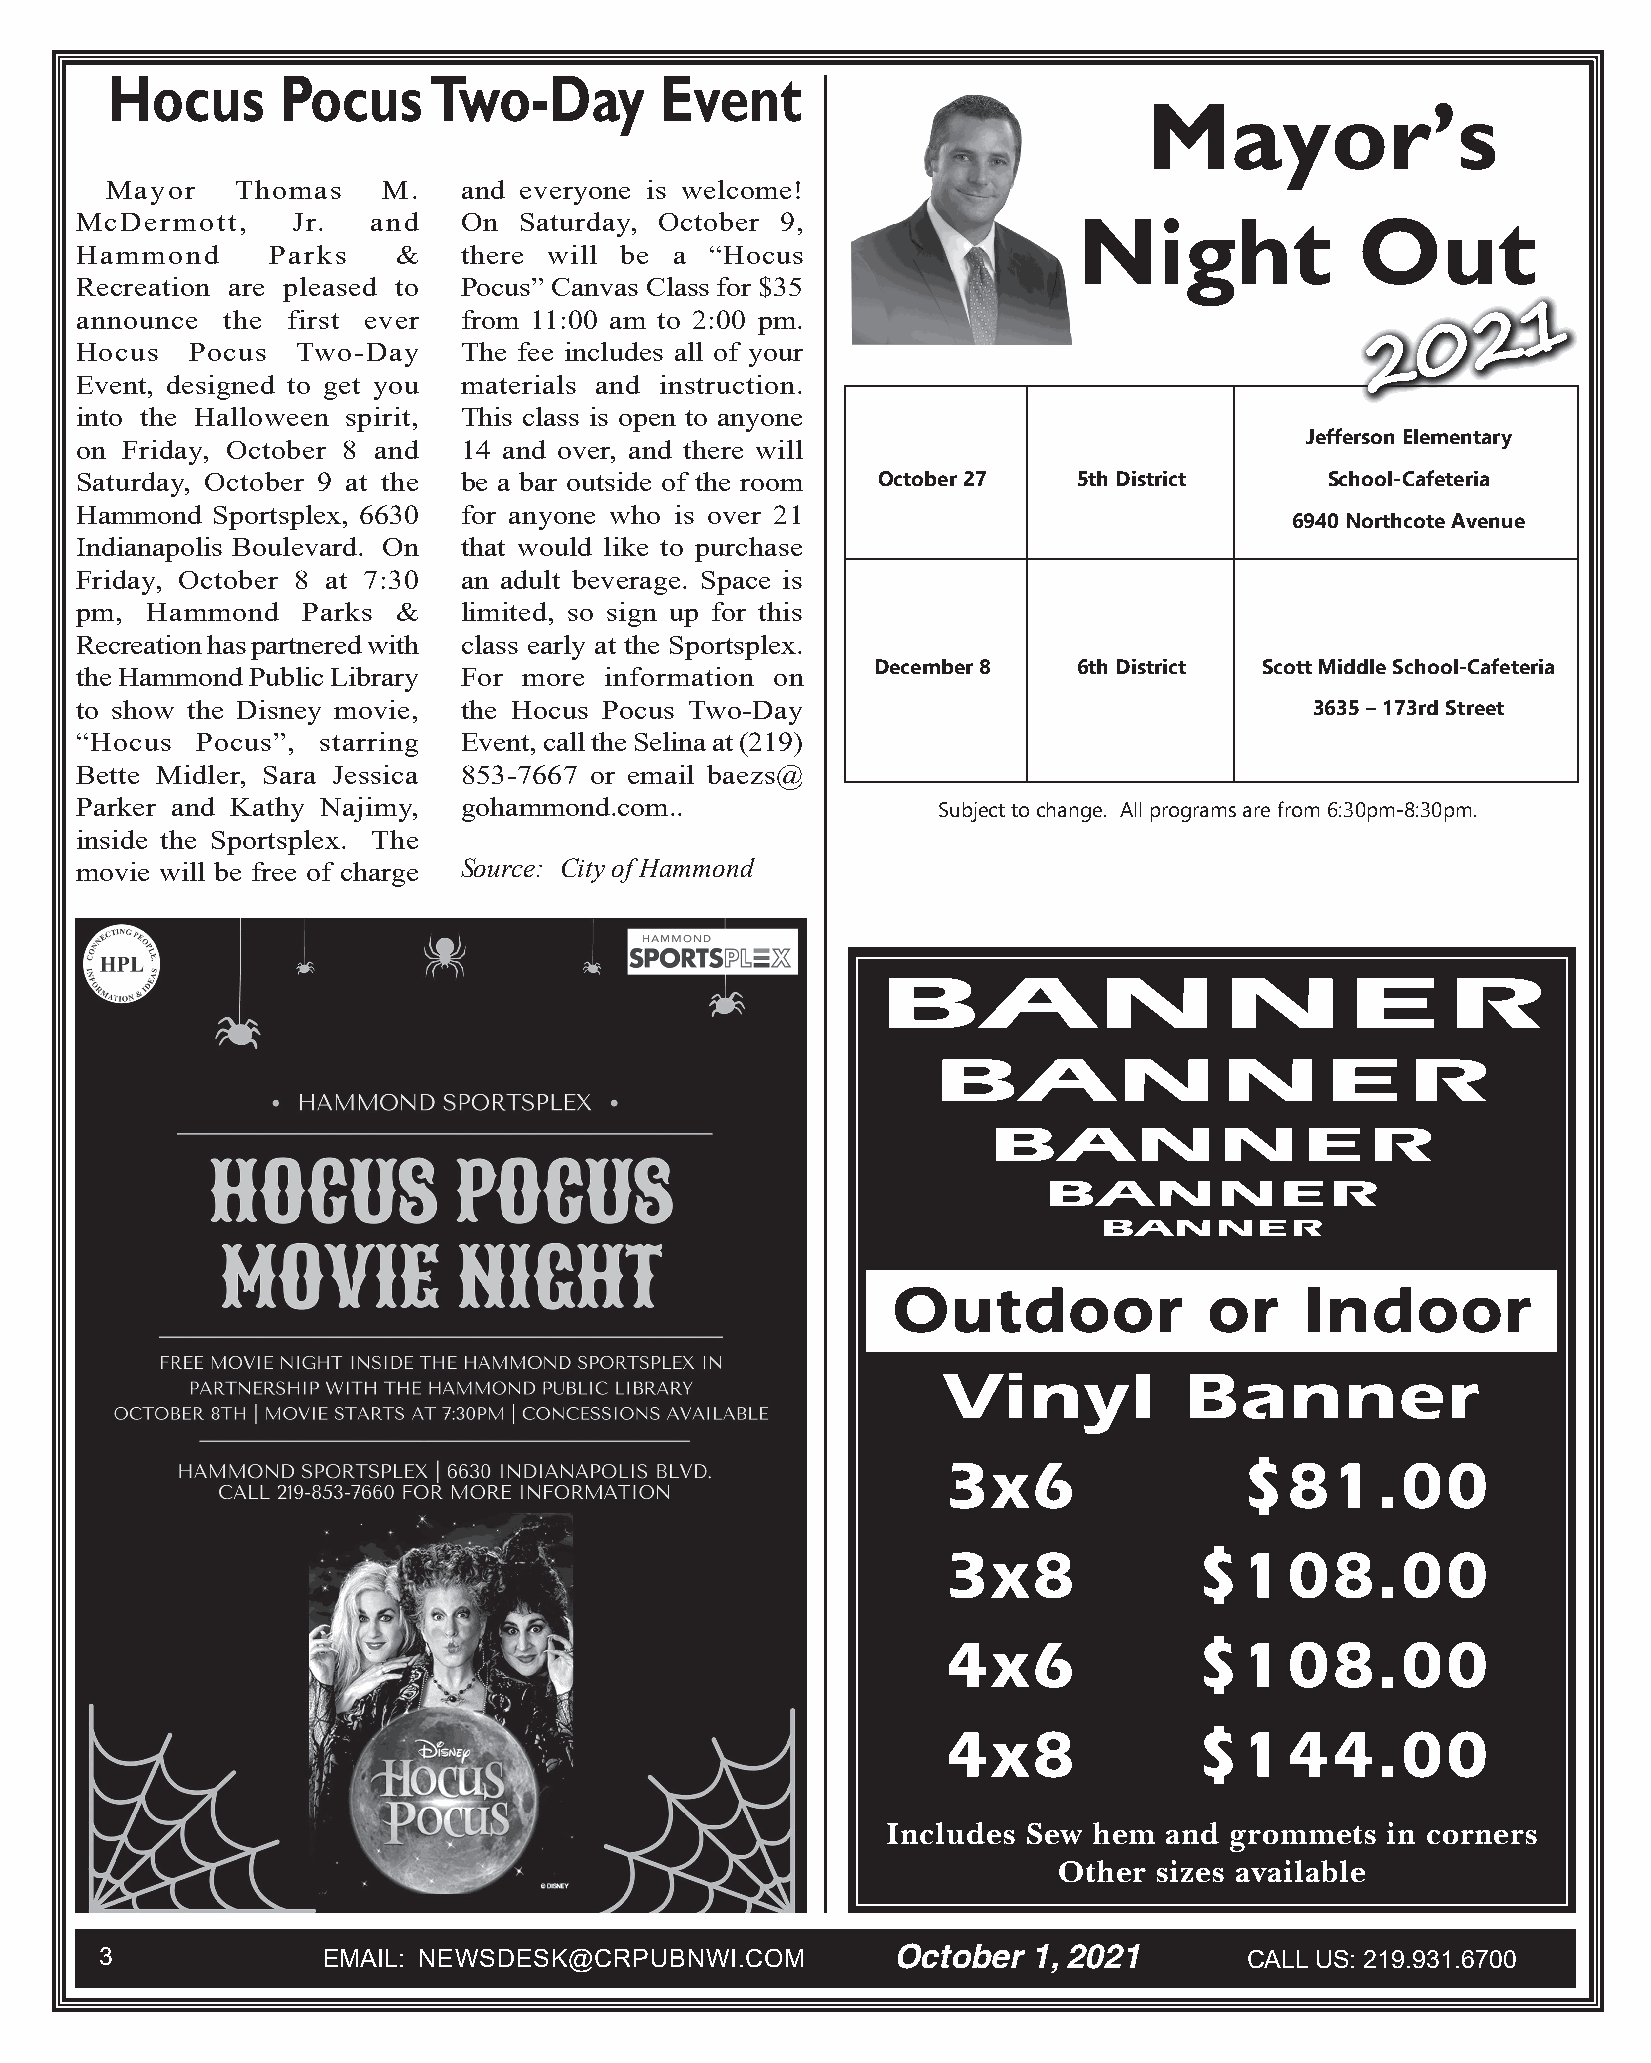
Hocus      Pocus     Two-Day         Event
 Mayor’s
 Mayor    Thomas   M.   and everyone is welcome!
 McDermott,    Jr.   and  On  Saturday, October 9,
 Night              Out
 Hammond      Parks   &   there will be a  “Hocus
 Recreation are pleased to Pocus” Canvas Class for $35
 announce  the first ever from 11:00 am to 2:00 pm.                                              1
 2
 0
 Hocus   Pocus  Two-Day   The fee includes all of your                                 2
 Event, designed to get you materials and instruction.
 into the Halloween spirit, This class is open to anyone
 Jefferson Elementary
 on Friday, October 8 and 14 and over, and there will
 Saturday, October 9 at the be a bar outside of the room October 27 5th District    School-Cafeteria
 Hammond  Sportsplex, 6630 for anyone who is over 21
 6940 Northcote Avenue
 Indianapolis Boulevard. On that would like to purchase
 Friday, October 8 at 7:30 an adult beverage. Space is
 pm,  Hammond   Parks &   limited, so sign up for this
 Recreation has partnered with class early at the Sportsplex.
 December 8   6th District Scott Middle School-Cafeteria
 the Hammond Public Library For more information on
 to show the Disney movie, the Hocus Pocus Two-Day                                 3635 – 173rd Street
 “Hocus  Pocus”, starring Event, call the Selina at (219)
 Bette Midler, Sara Jessica 853-7667 or email baezs@
 Parker and Kathy Najimy, gohammond.com..                 Subject to change. All programs are from 6:30pm-8:30pm.
 inside the Sportsplex. The
 movie will be free of charge Source: City of Hammond
 BANNER
 BANNER
 BANNER
 BANNER
 BANNER
 Outdoor              or    Indoor
 Outdoor              or    Indoor
 Vinyl           Banner
 3x6                $81.00
 3x8             $108.00
 4x6             $108.00
 4x8             $144.00
 Includes Sew hem  and grommets   in corners
 Other sizes available
 3             EMAIL: NEWSDESK@CRPUBNWI.COM          October  1, 2021       CALL US: 219.931.6700